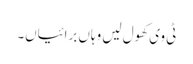
ٹی وی کھول لیں وہاں برائیاں۔